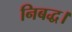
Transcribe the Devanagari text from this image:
निबद्ध।